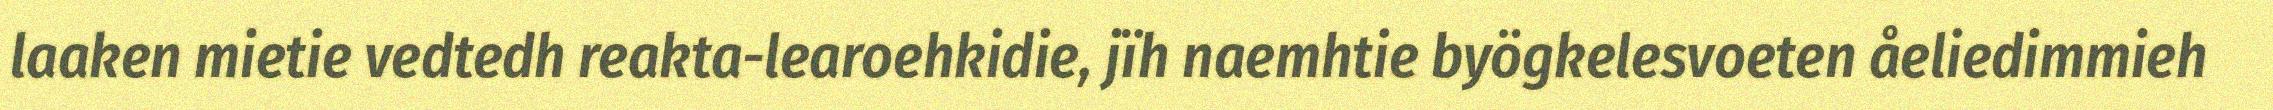
laaken mietie vedtedh reakta-learoehkidie, jïh naemhtie byögkelesvoeten åeliedimmieh